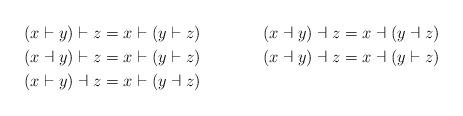
LaTeX: \begin{align*} (x\vdash y)\vdash z = x\vdash(y\vdash z) && (x\dashv y)\dashv z = x\dashv(y\dashv z) \\ (x\dashv y)\vdash z = x\vdash (y\vdash z) & &(x\dashv y)\dashv z = x\dashv (y\vdash z) & \\ (x\vdash y)\dashv z = x\vdash (y\dashv z)\end{align*}